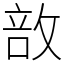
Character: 敨